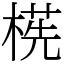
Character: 㮱